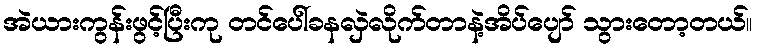
အဲယားကွန်းဖွင့်ပြီးကု တင်ပေါ်ခနလှဲလိုက်တာနဲ့အိပ်ပျော် သွားတော့တယ်။